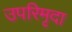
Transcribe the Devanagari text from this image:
उपरिमृदा